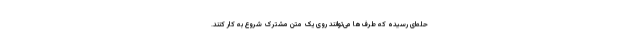
حله‌ای رسیده که طرف‌ها می‌توانند روی یک متن مشترک شروع به کار کنند.